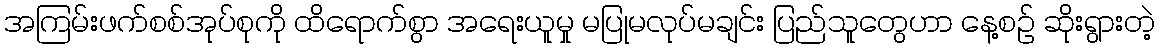
အကြမ်းဖက်စစ်အုပ်စုကို ထိရောက်စွာ အရေးယူမှု မပြုမလုပ်မချင်း ပြည်သူတွေဟာ နေ့စဉ် ဆိုးရွားတဲ့